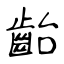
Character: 齝